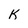
Character: K